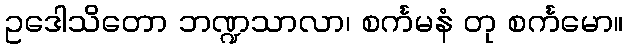
ဥဒေါသိတော ဘဏ္ဍသာလာ၊ စင်္ကမနံ တု စင်္ကမော။